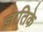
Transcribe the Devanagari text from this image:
ज्ञातिके